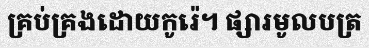
គ្រប់គ្រងដោយកូរ៉េ។ ផ្សារមូលបត្រ